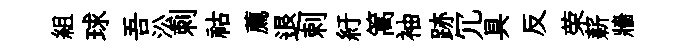
組球吾㳂刺祜薦退剌紆篙袖跡冗具反荣薪牆